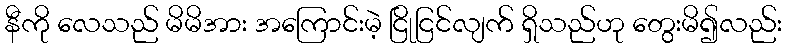
နီကို လေသည် မိမိအား အကြောင်းမဲ့ ငြိုငြင်လျက် ရှိသည်ဟု တွေးမိ၍လည်း